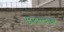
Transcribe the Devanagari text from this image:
पुरातत्त्वावर